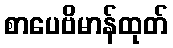
စာပေဗိမာန်ထုတ်